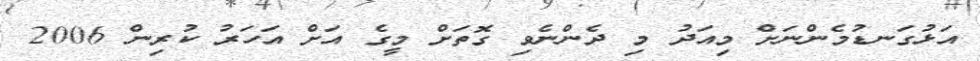
އަޅުގަނޑުމެންނަށް މިއަދު މި ދެންނެވި ގޮތަށް މީގެ އަށް އަހަރު ކުރިން 2006